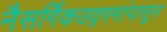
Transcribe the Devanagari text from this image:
नैसर्गिकउद्गमांपासून